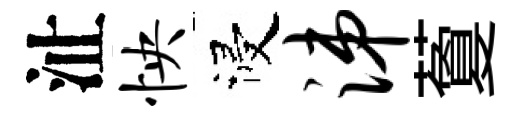
沚怏浸涕藑